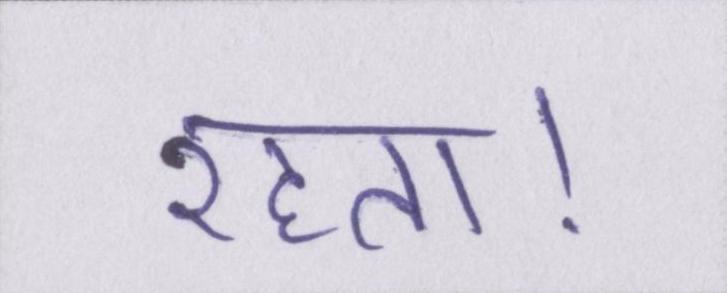
रहता।